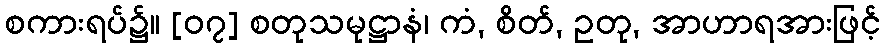
စကားရပ်၌။ [၀၇] စတုသမုဋ္ဌာနံ၊ ကံ, စိတ်, ဥတု, အာဟာရအားဖြင့်